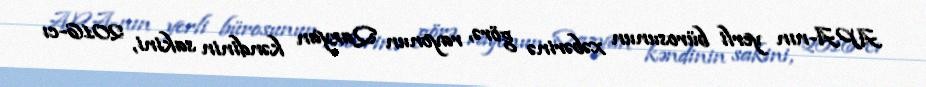
APA-nın yerli bürosunun xəbərinə görə, rayonun Qazyan kəndinin sakini, 2016-cı